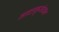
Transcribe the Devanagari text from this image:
नादानुसंधान